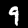
Label: 9